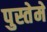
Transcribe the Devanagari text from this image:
पुस्तेमे